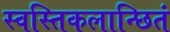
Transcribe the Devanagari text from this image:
स्वस्तिकलान्छितं